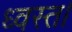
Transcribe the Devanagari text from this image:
ध्वस्त।